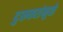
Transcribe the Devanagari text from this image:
दुरूत्तरांमुळे